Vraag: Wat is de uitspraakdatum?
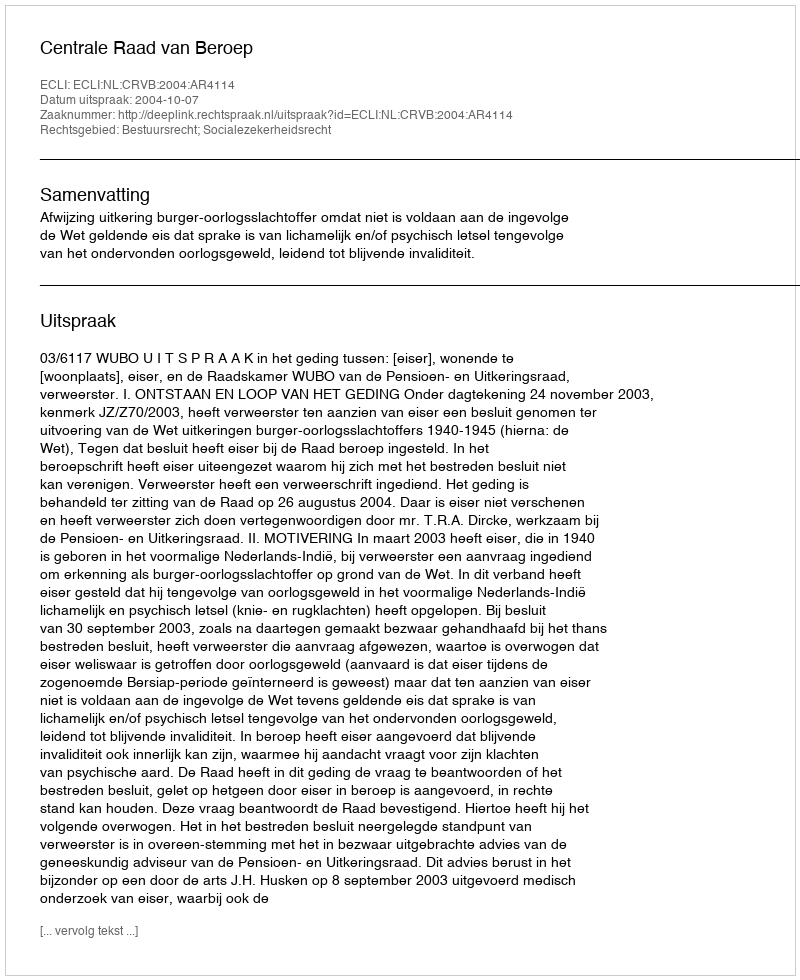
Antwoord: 2004-10-07